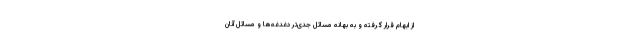
از ابهام قرار گرفته و به بهانه مسائل جدی‌تر دغدغه‌ها و مسائل آنان